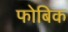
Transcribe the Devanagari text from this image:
फोबिक